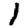
Digit: 1